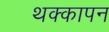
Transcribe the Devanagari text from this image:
थक्कापन